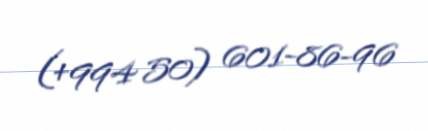
(+994 50) 601-86-96